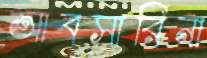
আবসারিনা